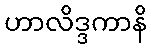
ဟာလိဒ္ဒကာနိ